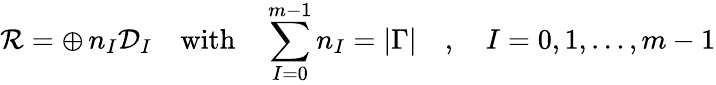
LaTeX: {\cal R}=\oplus\, n_{I}{\cal D}_{I}\quad\mathrm{with}\quad\sum_{I=0}^{m-1}n_{I}=|\Gamma|\quad,\quad I=0,1,\ldots,m-1